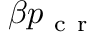
\beta p _ { \mathrm { ~ c ~ r ~ } }